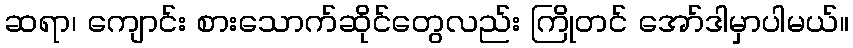
ဆရာ၊ ကျောင်း စားသောက်ဆိုင်တွေလည်း ကြိုတင် အော်ဒါမှာပါမယ်။